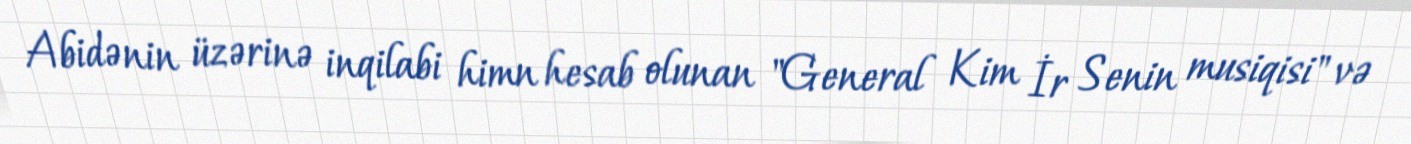
Abidənin üzərinə inqilabi himn hesab olunan "General Kim İr Senin musiqisi" və